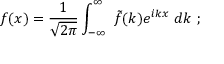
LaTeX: f ( x ) = { \frac { 1 } { \sqrt { 2 \pi } } } \int _ { - \infty } ^ { \infty } \ { \tilde { f } } ( k ) e ^ { i k x } \ d k \ ;